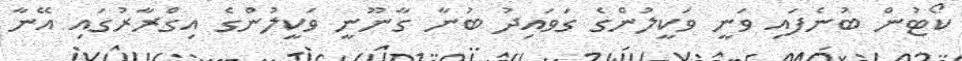
ކޯޓުން ބުނެފައި ވަނީ ވަކީލުންގެ ގަވައިދު ބުނާ ގާނޫނީ ވަކީލުންގެ އިގްރާރުގައި އޭނާ